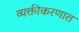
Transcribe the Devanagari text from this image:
व्यक्तीकरणात